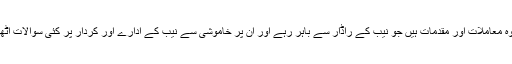
یہ وہ معاملات اور مقدمات ہیں جو نیب کے راڈار سے باہر رہے اور ان پر خاموشی سے نیب کے ادارے اور کردار پر کئی سوالات اٹھے۔